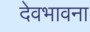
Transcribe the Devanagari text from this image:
देवभावना